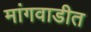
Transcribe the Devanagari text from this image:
मांगवाडीत